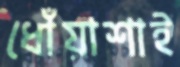
ধোঁয়াশাই